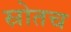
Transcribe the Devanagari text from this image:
स्रोतच